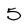
Character: 5